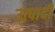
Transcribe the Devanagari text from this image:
उत्पादी